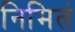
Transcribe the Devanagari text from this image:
निमितं